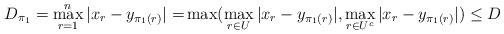
LaTeX: \begin{align*}D_{\pi_1}=\max_{r=1}^n |x_r-y_{\pi_1(r)}|=&\max(\max_{r\in U} |x_r-y_{\pi_1(r)}|, \max_{r\in U^c} |x_r-y_{\pi_1(r)}|)\leq D\end{align*}